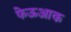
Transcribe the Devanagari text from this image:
फेऊआक